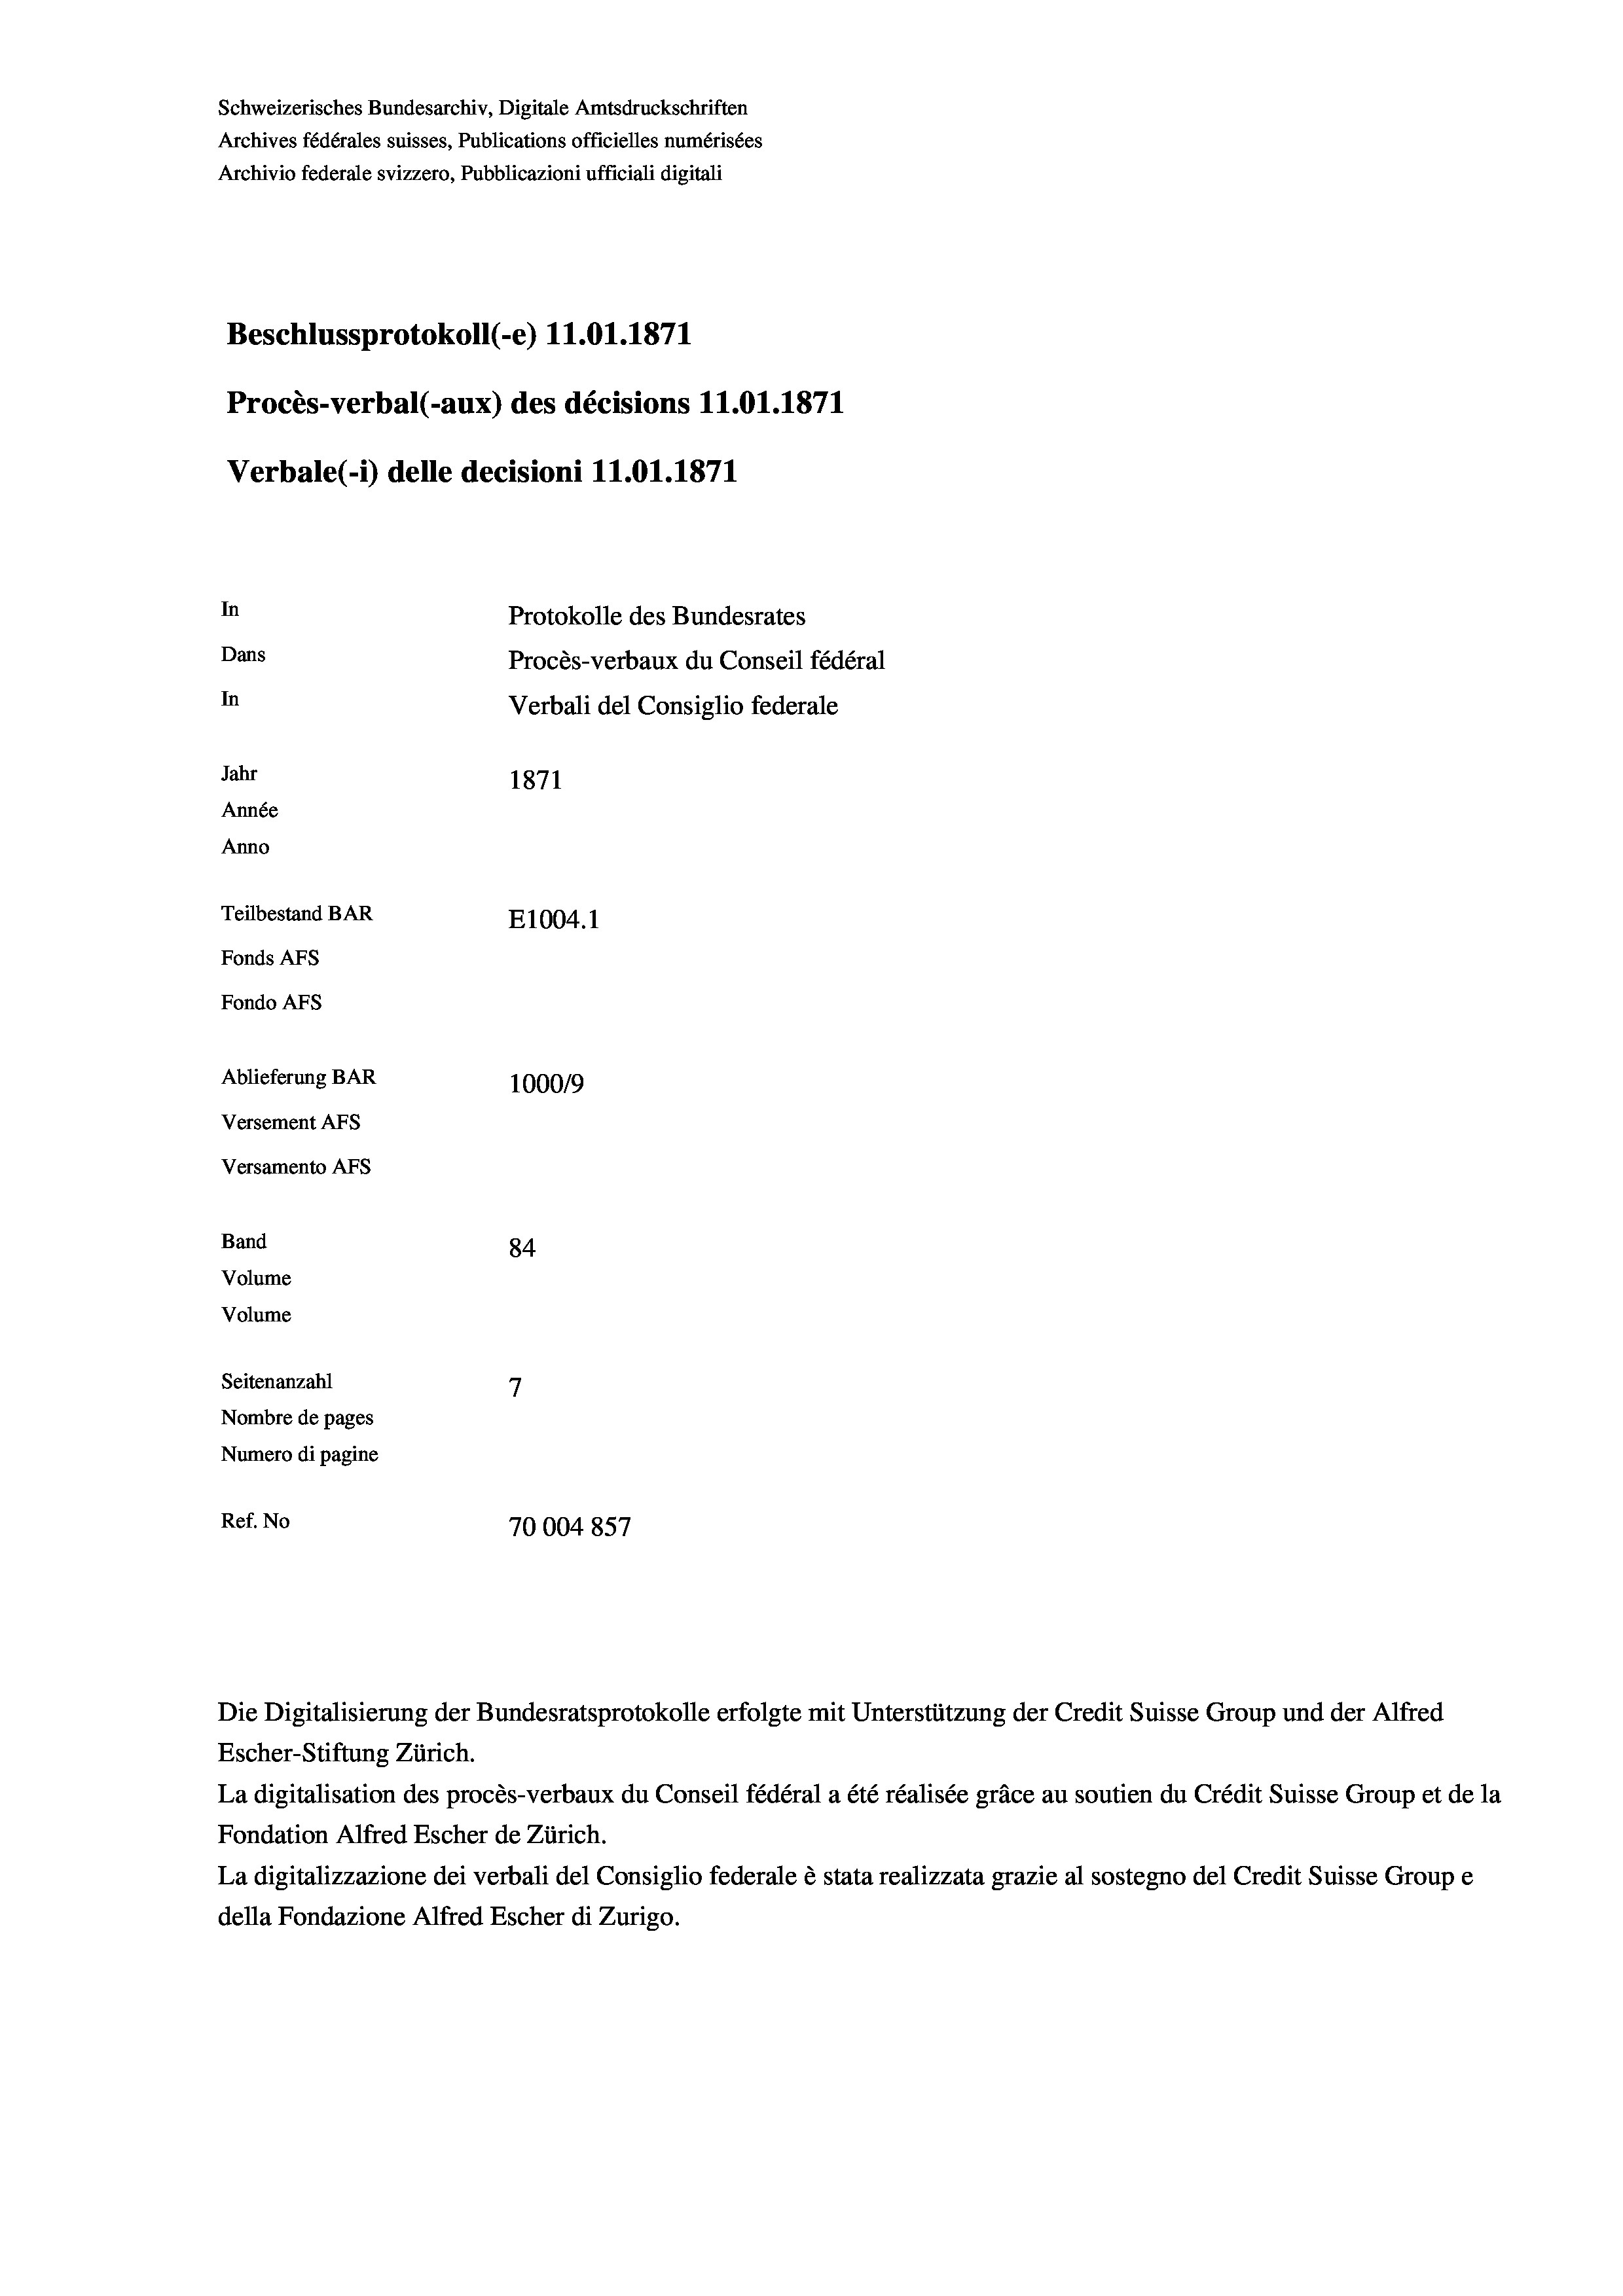
Schweizerisches Bundesarchiv, Digitale Amtsdruckschriften
Archives fédérales suisses, Publications officielles numérisées
Archivio federale svizzero, Pubblicazioni ufficiali digitali
Beschlussprotokoll (-e) 11.01. 1871
Procès-verbal (-aux) des décisions 11.01. 1871
Verbale (- 1) delle decisioni 11.01. 1871
In
Protokolle des Bundesrates
Dans
Procès-verbaux du Conseil fédéral
In
Verbali del Consiglio federale
Jahr
1871
Année
Anno
Teilbestand BAR
E1004. 1
Fonds Afs
Fondo AFs
Ablieferung BAR
100019
Versement Abs
Versamento Afs
Band
84
Volume
Volume
7
Seitenanzahl
Nombre de pages
Numero di pagine
Ref. No
70004 857

Escher-Stiftung Zürich.
La digitalisation des procès-verbaux du Conseil fédéral a été réalisée gräce au soutien du Crédit Suisse Group et de la
Fondation Alfred Escher de Zürich.
La digitalizzazione dei verbali del Consiglio federale è stata realizzata grazie al sostegno del Credit Suisse Groupe
della Fondazione Alfred Escher di Zurigo.

Die Digitalisierung der Bundesratsprotokolle erfolgte mit Unterstützung der Credit Suisse Group und der Alfred